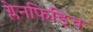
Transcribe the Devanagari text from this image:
ग्लेनफिडिच